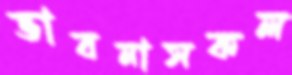
ভাবনাসকল